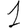
Digit: 1